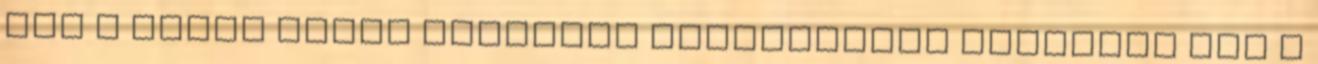
meg a Főtér egyik kellemes kávézójában Csodálja meg a